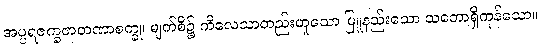
အပ္ပရဇက္ခဇာတဏာစက္ခု၊ မျက်စိ၌ ကိလေသာတည်းဟူသော မြူနည်းသော သဘောရှိကုန်သော။